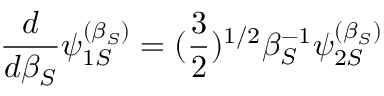
{ \frac { d } { d \beta _ { S } } } \psi _ { 1 S } ^ { ( \beta _ { S } ) } = ( { \frac { 3 } { 2 } } ) ^ { 1 / 2 } \beta _ { S } ^ { - 1 } \psi _ { 2 S } ^ { ( \beta _ { S } ) }